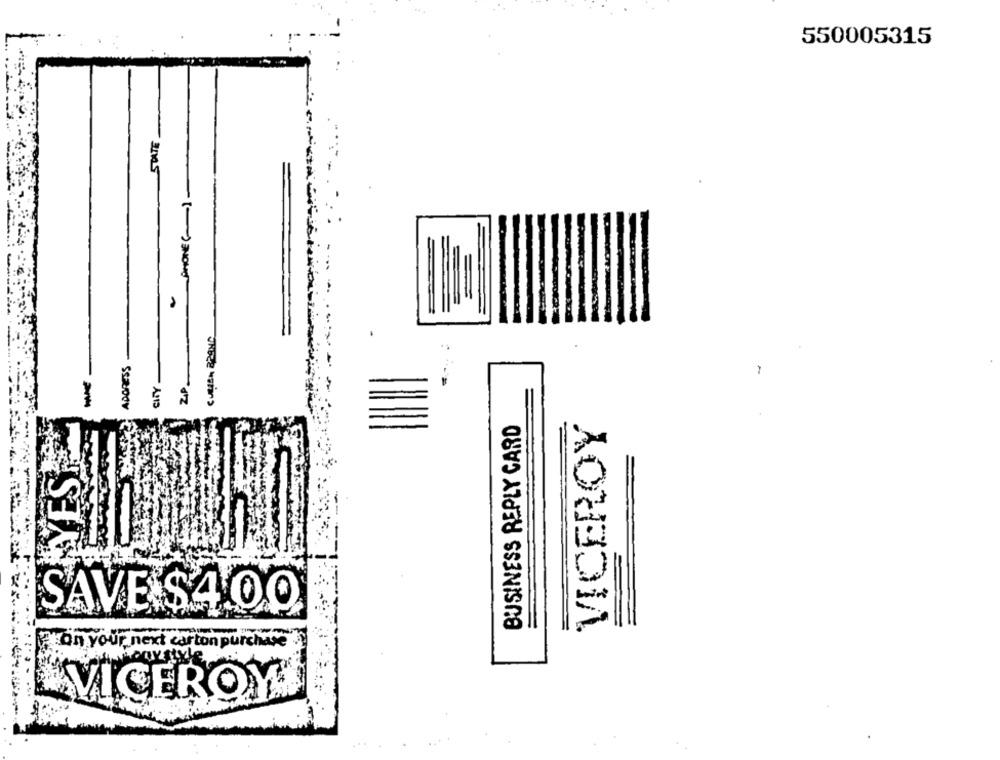
550005315
PHONE (-)-
-
CITY .
ZIP
SSOOv
BUSINESS REPLY CARD
VICEROY
YES
SAVE $4 00
on your next carton purchase
LVICERO